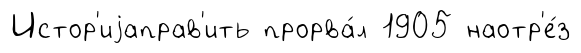
Истор'иjаправ'ить прорва́л 1905 наотр'е́з